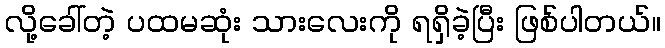
လို့ခေါ်တဲ့ ပထမဆုံး သားလေးကို ရရှိခဲ့ပြီး ဖြစ်ပါတယ်။